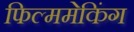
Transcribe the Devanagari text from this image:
फिल्ममेकिंग